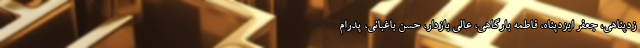
زدپناهی، جعفر ایزدپناه، فاطمه بارگاهی، عالی بازدار، حسن باغبانی، پدرام